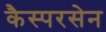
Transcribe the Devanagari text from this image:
कैस्परसेन